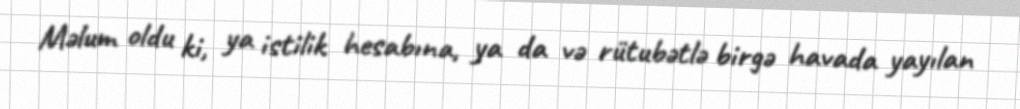
Məlum oldu ki, ya istilik hesabına, ya da və rütubətlə birgə havada yayılan